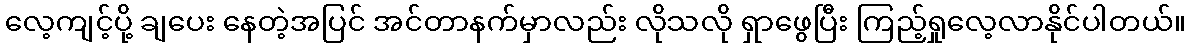
လေ့ကျင့်ပို့ ချပေး နေတဲ့အပြင် အင်တာနက်မှာလည်း လိုသလို ရှာဖွေပြီး ကြည့်ရှုလေ့လာနိုင်ပါတယ်။